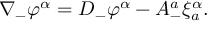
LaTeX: \nabla _ { - } \varphi ^ { \alpha } = D _ { - } \varphi ^ { \alpha } - A _ { - } ^ { a } \xi _ { a } ^ { \alpha } .